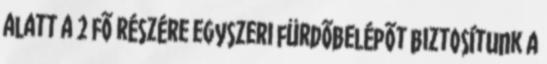
alatt a 2 fõ részére egyszeri fürdõbelépõt biztosítunk a